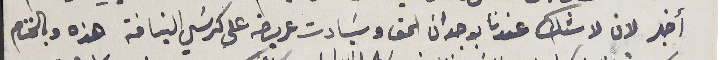
أخبر لان لا شك عندنا بوجدان الحق وسَيادت عريضه على كرسَي النيافه هذه وبالختام